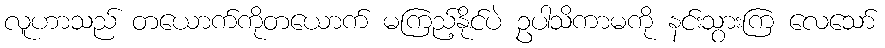
လူဟာသည် တယောက်ကိုတယောက် မကြည့်နိုင်ပဲ ဥပါသိကာမကို နင်းသွားကြ လေသော်